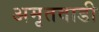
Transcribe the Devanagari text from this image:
अमृतवाडी